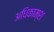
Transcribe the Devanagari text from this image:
अधिकाम्श